Report on sanitation, dispensaries, and jails in Rajputana for 1919, and on vaccination for the year 1919-1920 - 1919-1920
Year: 1919
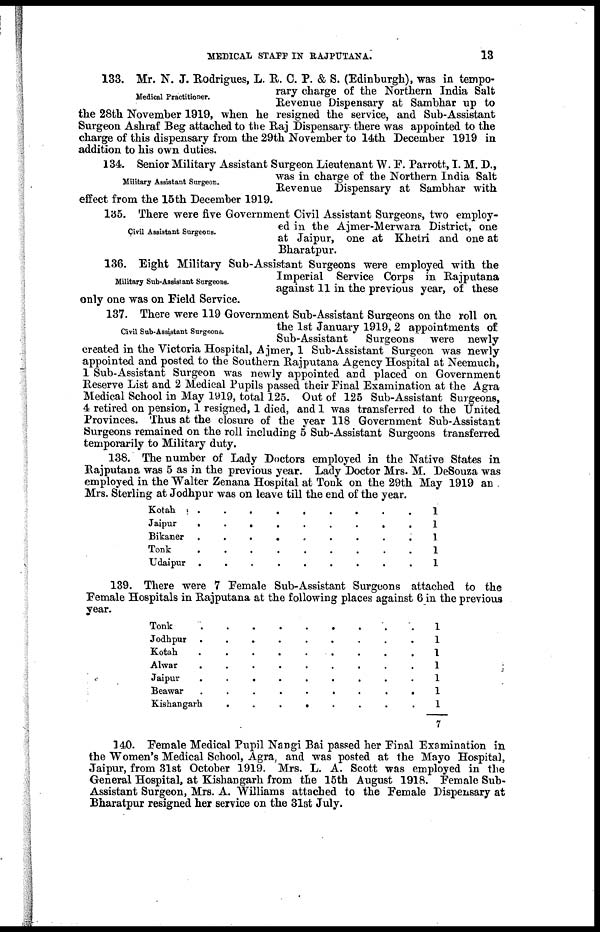
MEDICAL STAFF IN RAJPUTANA.
13
Medical Practitioner.
133. Mr. N. J. Rodrigues, L. R. C. P. & S. (Edinburgh), was in tempo-
rary charge of the Northern India Salt
Revenue Dispensary at Sambhar up to
the 28th November 1919, when he resigned the service, and Sub-Assistant
Surgeon Ashraf Beg attached to the Raj Dispensary there was appointed to the
charge of this dispensary from the 29th November to 14th December 1919 in
addition to his own duties.
Military Assistant Surgeon.
134. Senior Military Assistant Surgeon Lieutenant W. F. Parrott, I. M. D.,
was in charge of the Northern. India Salt
Revenue Dispensary at Sambhar with
effect from the 15 th December 1919.
Civil Assistant Surgeons.
135. There were five Government Civil Assistant Surgeons, two employ-
ed in the Ajmer-Merwara District, one
at Jaipur, one at Khetri and one at
Bharatpur.
Military Sub-Assistant Surgeons.
136. Eight Military Sub-Assistant Surgeons were employed with the
Imperial Service Corps in Rajputana
against 11 in the previous year, of these
only one was on Field Service.
Civil Sub-Assistant Surgeons.
137. There were 119 Government Sub-Assistant Surgeons on the roll on
the 1st January 1919, 2 appointments of
Sub-Assistant
Surgeons were newly
created in the Victoria Hospital, Ajmer, 1 Sub-Assistant Surgeon was newly
appointed and posted to the Southern Rajputana Agency Hospital at Neemuch,
1 Sub-Assistant Surgeon was newly appointed and placed on Government
Reserve List and 2 Medical Pupils passed their Final Examination at the Agra
Medical School in May 1919, total 125. Out of 125 Sub-Assistant Surgeons,
4 retired on pension, 1 resigned, 1 died, and 1 was transferred to the "United
Provinces. Thus at the closure of the year 118 Government Sub-Assistant
Surgeons remained on the roll including 5 Sub-Assistant Surgeons transferred
temporarily to Military duty.
138. The number of Lady Doctors employed in the Native States in
Rajputana was 5 as in the previous year. Lady Doctor Mrs. M. DeSouza was
employed in the Walter Zenana Hospital at Tonk on the 29th May 1919 an
Mrs. Sterling at Jodhpur was on leave till the end of the year.
Kotah . . . . . . . . . .
Jaipur . . . . . . . . . .
Bikaner . . . . . . . . . .
Tonk . . . . . . . . . .
Udaipur . . . . . . . . . .
1
1
1
1
1
139. There were 7 Female Sub-Assistant Surgeons attached to the
Female Hospitals in Rajputana at the following places against 6 in the previous
year.
Tonk
.
.
.
.
.
.
.
.
.
.
Jodhpur
.
.
.
.
.
.
.
.
.
.
Kotah . . . . . . . . . .
Alwar
.
.
.
.
.
.
.
.
.
.
Jaipur
.
.
.
.
.
.
.
.
.
.
Beawar
.
.
.
.
.
.
.
.
.
.
Kishangarh
.
.
.
.
.
.
.
.
.
.
1
1
1
1
1
1
1
7
140. Female Medical Pupil Nangi Bai passed her Final Examination in
the Women's Medical School, Agra, and was posted at the Mayo Hospital,
Jaipur, from 31st October 1919. Mrs. L. A. Scott was employed in the
General Hospital, at Kishangarh from the 15th August 1918. Female Sub-
Assistant Surgeon, Mrs. A. Williams attached to the Female Dispensary at
Bharatpur resigned her service on the 31st July.